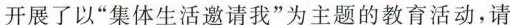
开展了以”集体生活邀请我”为主题的教育活动，请